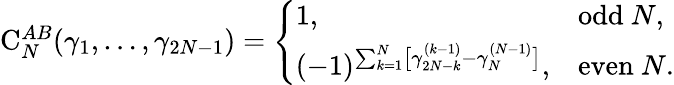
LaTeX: \begin{array}{r}{\mathrm C_{N}^{AB}(\gamma_{1},\dots,\gamma_{2N-1})=\left\{ \begin{array}{ll}{1,}&{\mathrm{odd~}N,}\\ {(-1)^{\sum_{k=1}^{N}\bigl[\gamma_{2N-k}^{(k-1)}-\gamma_{N}^{(N-1)}\bigr]},}&{\mathrm{even~}N.}\end{array}\right.}\end{array}